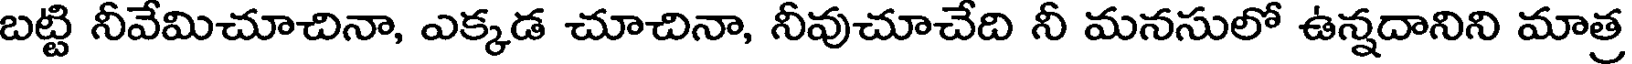
బట్టి నీవేమిచూచినా, ఎక్కడ చూచినా, నీవుచూచేది నీ మనసులో ఉన్నదానిని మాత్ర